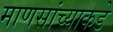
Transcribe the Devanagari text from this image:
माणसांच्याकडे